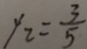
y _ { 2 } = \frac { 3 } { 5 }